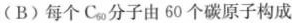
(B) 每个C_{60}分子由60个碳原子构成